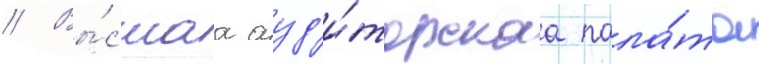
// Вы́сшаа ауд'и́торскаа пала́та